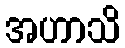
အဟာသိ